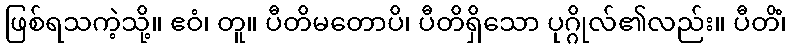
ဖြစ်ရသကဲ့သို့။ ဧဝံ၊ တူ။ ပီတိမတောပိ၊ ပီတိရှိသော ပုဂ္ဂိုလ်၏လည်း။ ပီတိံ၊